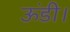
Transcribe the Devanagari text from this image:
ऊंडी।